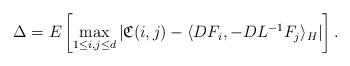
LaTeX: \begin{align*}\Delta=E\left[\max_{1\leq i,j\leq d}|\mathfrak{C}(i,j)-\langle DF_i,-DL^{-1}F_j\rangle_H|\right].\end{align*}